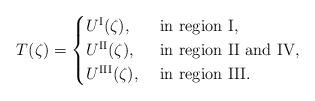
LaTeX: \begin{align*}T(\zeta)=\begin{cases}U^{\rm I}(\zeta),&\mbox{ in region I,}\\U^{\rm II}(\zeta),&\mbox{ in region II and IV,}\\U^{\rm III}(\zeta),&\mbox{ in region III.}\end{cases}\end{align*}